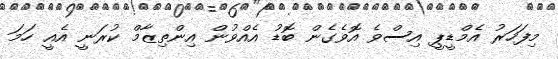
މިފަހަރު އެމްޑީޕީ އިސްވެ އޮވެގެން ބޮޑު އެއްވުން އިންތިޒާމް ކުރަނީ އެއީ ހަމަ